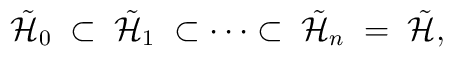
\tilde{{\cal H}}_0\;\subset\;\tilde{{\cal H}}_1\;\subset\cdots\subset\; \tilde{{\cal H}}_n\;=\;\tilde{{\cal H}},